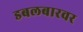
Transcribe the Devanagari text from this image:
डबलबारवर